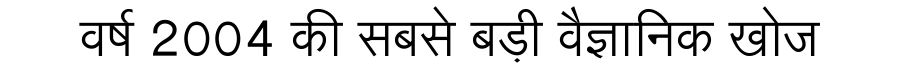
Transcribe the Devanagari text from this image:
वर्ष 2004 की सबसे बड़ी वैज्ञानिक खोज